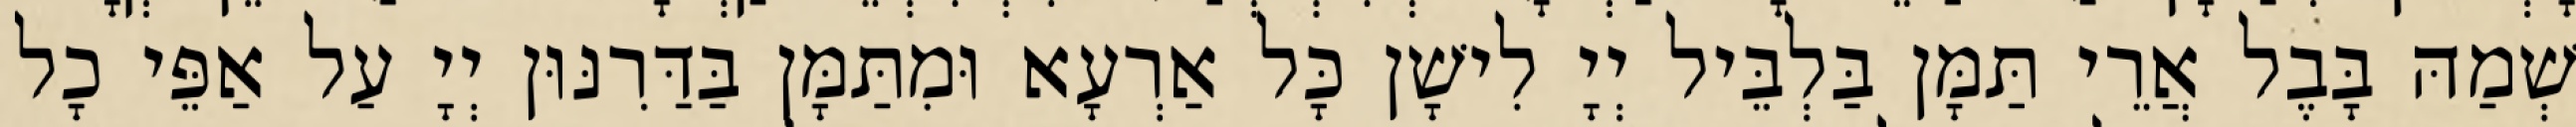
שְׁמַהּ בָּבֶל אֲרֵי תַּמָּן בַּלְבֵּיל יְיָ לִישָׁן כָּל אַרְעָא וּמִתַּמָּן בַּדַּרִנּוּן יְיָ עַל אַפֵּי כָל